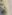
بي